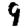
Digit: 9